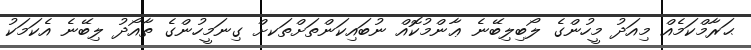
ޙަރާމްކަމެއް މިއަދު މީހުންގެ ލޯބިލިބޭނެ ޢާންމުކޮއް ނުބައިކަންތަށްތަކށް ގިނަމީހުންގެ ތާއޯދު ލިބޭނެ އެކަމަކު